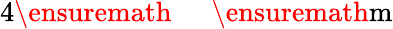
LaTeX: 4\ensuremath{\mathrm{~\textrm~{~\, ~}~}}\ensuremath{\mathrm{m}}